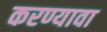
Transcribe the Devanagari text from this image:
करण्यावा